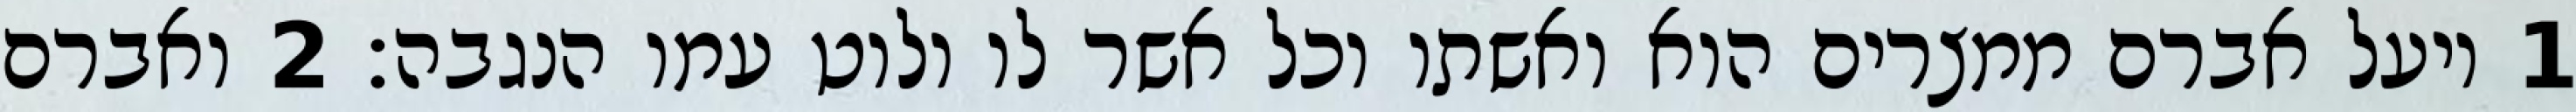
1 ויעל אברם ממצרים הוא ואשתו וכל אשר לו ולוט עמו הנגבה׃ ‎2‏ ואברם